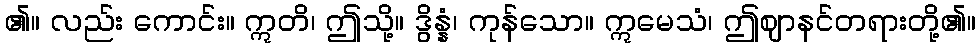
၏။ လည်း ကောင်း။ ဣတိ၊ ဤသို့။ ဒွိန္နံ၊ ကုန်သော။ ဣမေသံ၊ ဤဈာနင်တရားတို့၏။